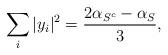
LaTeX: \begin{align*} \sum_i |y_i|^2 = \frac{2\alpha_{S^c} - \alpha_S}{3}, \end{align*}